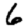
Digit: 6